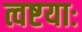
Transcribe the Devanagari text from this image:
त्वष्टयाः